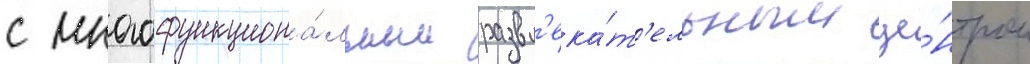
с многофункциона́льным развл'ека́т'ельным це́нтром